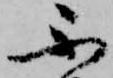
不